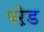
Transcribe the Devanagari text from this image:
परे़ड